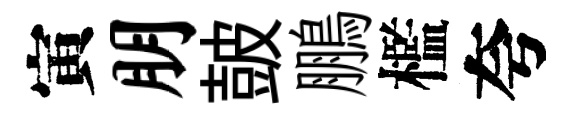
寅朋皷鵬檻夸